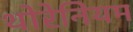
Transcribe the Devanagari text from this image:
थोरेनियम